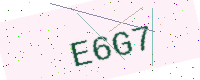
Text: E6G7